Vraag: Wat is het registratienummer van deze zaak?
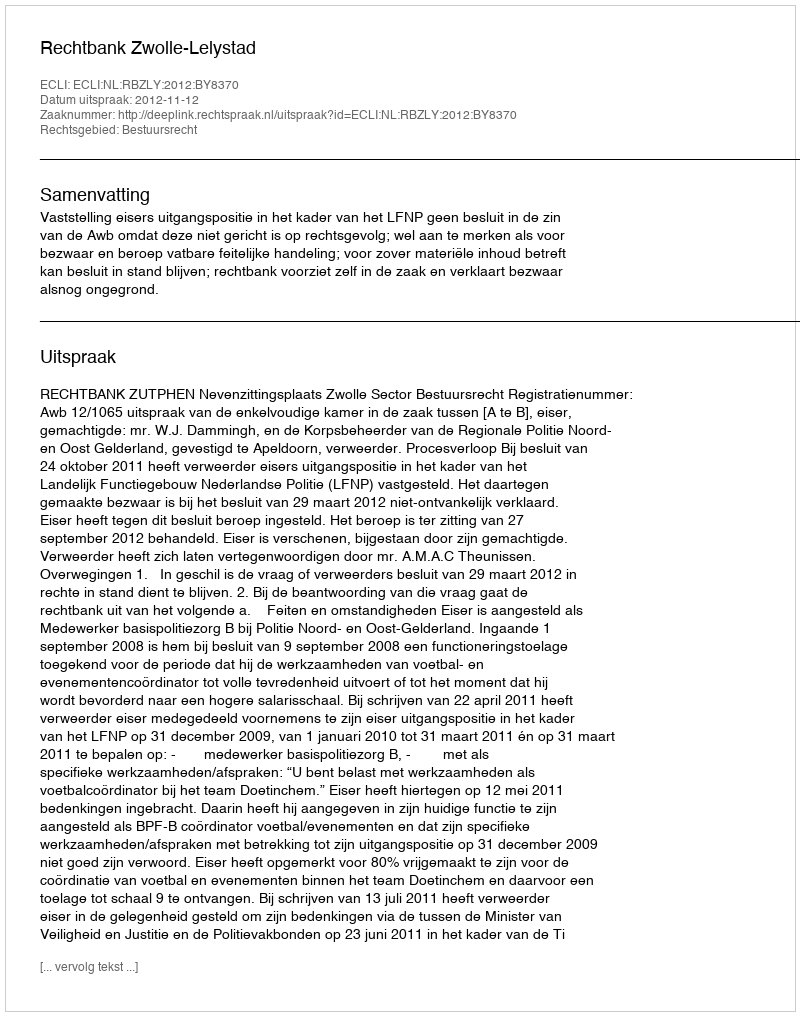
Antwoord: http://deeplink.rechtspraak.nl/uitspraak?id=ECLI:NL:RBZLY:2012:BY8370